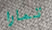
تمارا